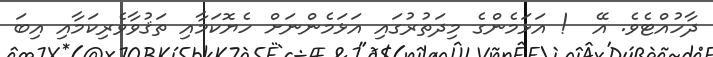
ދާހުއްޓެވެ. އޭ  ! އަޅަމެންގެ މިދަތުރުގައި އަޅަމެންނަށް ހެޔޮކަމާއި ތަޤުވާވެރިކަމާއި އިބަ